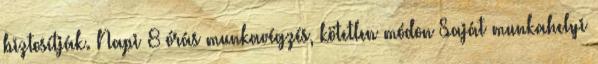
biztosítják. Napi 8 órás munkavégzés, kötetlen módon Saját munkahelyi